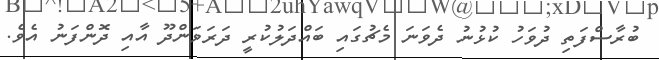
ބުރާސްފަތި ދުވަހު ކުޅުނު ދެވަނަ މެޗުގައި ބައްދަލުކުރީ ދަރަވަންދޫ އާއި ދޮންފަނު އެވެ.